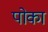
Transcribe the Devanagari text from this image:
पोका